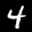
Label: 4